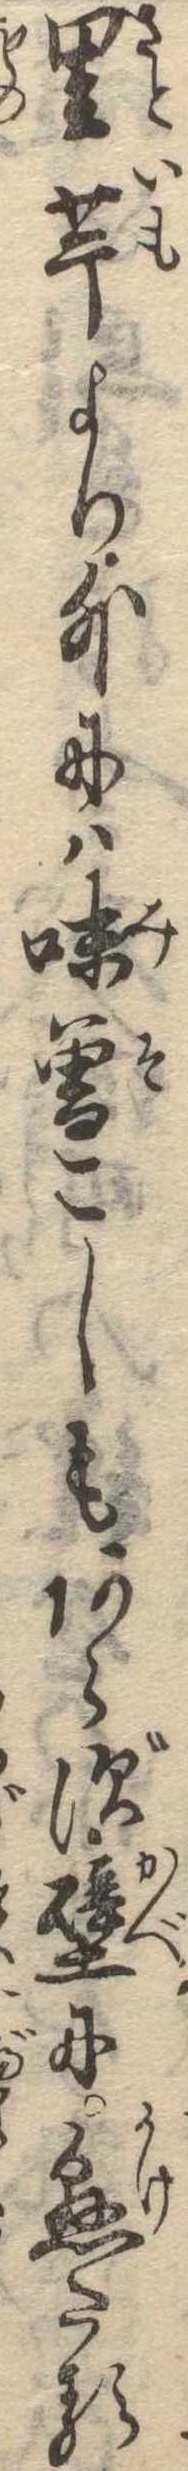
里芋より外には味噌こしもあらず壁に懸たる